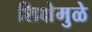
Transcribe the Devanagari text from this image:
शिक्षेमुळे